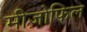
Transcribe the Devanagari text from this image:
मीज़ोफिल